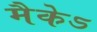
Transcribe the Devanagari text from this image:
मैकेऽ